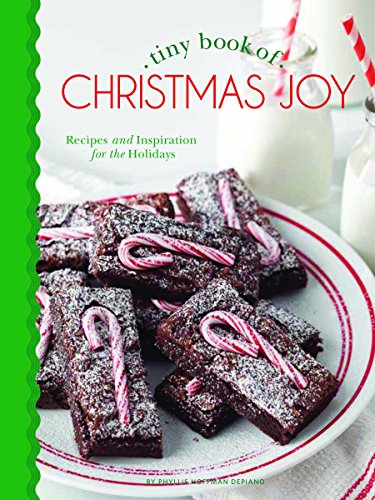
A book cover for Tiny Book of Christmas Joy: Recipes & Inspiration for the Holidays; Cookbooks, Food & Wine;